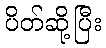
ပိတ်ဆို့ပြီး